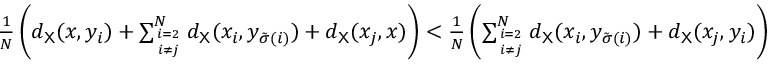
\begin{array} { r } { \frac { 1 } { N } \left( d _ { { \mathsf X } } ( x , y _ { i } ) + \sum _ { i = 2 \atop i \neq j } ^ { N } d _ { { \mathsf X } } ( x _ { i } , y _ { \tilde { \sigma } ( i ) } ) + d _ { { \mathsf X } } ( x _ { j } , x ) \right) < \frac { 1 } { N } \left( \sum _ { i = 2 \atop i \neq j } ^ { N } d _ { { \mathsf X } } ( x _ { i } , y _ { \tilde { \sigma } ( i ) } ) + d _ { { \mathsf X } } ( x _ { j } , y _ { i } ) \right) } \end{array}